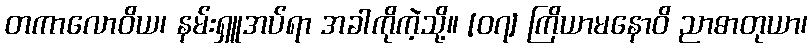
တကာလောဝိယ၊ နမ်းရှူအပ်ရာ အခါကိုကဲ့သို့။ [၀၇] ကြိယာမနောဝိ ညာဓာတုယာ၊